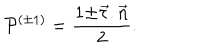
LaTeX: { \cal P } ^ { ( \pm 1 ) } = \frac { 1 { \pm } \vec { \tau } . \vec { n } } { 2 } .